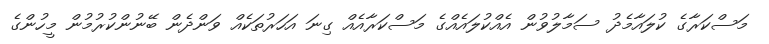
މަސްކަރާގެ ކުލައާމެދު ސަމާލުވުން އެއްކުލައެއްގެ މަސްކަރާއެއް ގިނަ އަހަރުތަކެއް ވަންދެން ބޭނުންކުރުމުން މީހުންގެ